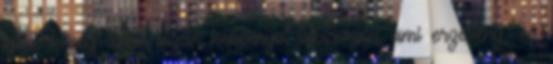
igen, kiraly lenne olyan kepernyot tapicskolni ami erzekeny, es